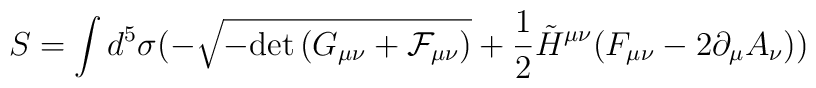
S = \int d^5 \sigma (  - \sqrt{-{\rm det}\, (G_{\mu\nu}+\cal F_{\mu\nu})}+\frac{1}{2}\tilde{H}^{\mu\nu} (F_{\mu\nu} - 2 \partial_{\mu} A_{\nu}))